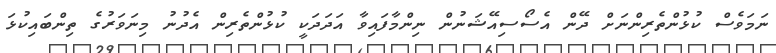
ނަމަވެސް ކުޅުންތެރިންނަށް ދޭން އެސޯސިއޭޝަނުން ނިންމާފައިވާ އަދަދަކީ ކުޅުންތެރިން އެދުނު މިނަވަރުގެ ތިންބައިކުޅަ